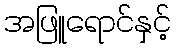
အဖြူရောင်နှင့်